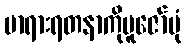
မာရားရတနာကိုပူဇော်ပုံ